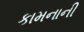
કામનાની